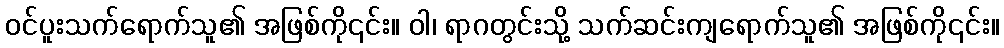
ဝင်ပူးသက်ရောက်သူ၏ အဖြစ်ကို၎င်း။ ဝါ၊ ရာဂတွင်းသို့ သက်ဆင်းကျရောက်သူ၏ အဖြစ်ကို၎င်း။